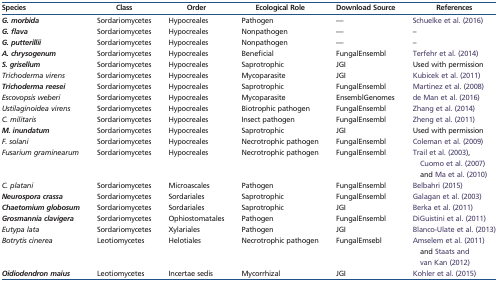
<table><thead><tr><td><b>Species</b></td><td><b>Class</b></td><td><b>Order</b></td><td><b>Ecological Role</b></td><td><b>Download Source</b></td><td><b>References</b></td></tr></thead><tbody><tr><td><b><i>G. morbida</i></b></td><td>Sordariomycetes</td><td>Hypocreales</td><td>Pathogen</td><td>—</td><td>Schuelke et al. (2016)</td></tr><tr><td><b><i>G. flava</i></b></td><td>Sordariomycetes</td><td>Hypocreales</td><td>Nonpathogen</td><td>—</td><td>–</td></tr><tr><td><b><i>G. putterillii</i></b></td><td>Sordariomycetes</td><td>Hypocreales</td><td>Nonpathogen</td><td>—</td><td>–</td></tr><tr><td><b><i>A. chrysogenum</i></b></td><td>Sordariomycetes</td><td>Hypocreales</td><td>Beneficial</td><td>FungalEnsembl</td><td>Terfehr et al. (2014)</td></tr><tr><td><b><i>S. grisellum</i></b></td><td>Sordariomycetes</td><td>Hypocreales</td><td>Saprotrophic</td><td>JGI</td><td>Used with permission</td></tr><tr><td><i>Trichoderma virens</i></td><td>Sordariomycetes</td><td>Hypocreales</td><td>Mycoparasite</td><td>JGI</td><td>Kubicek et al. (2011)</td></tr><tr><td><b><i>Trichoderma reesei</i></b></td><td>Sordariomycetes</td><td>Hypocreales</td><td>Saprotrophic</td><td>FungalEnsembl</td><td>Martinez et al. (2008)</td></tr><tr><td><i>Escovopsis weberi</i></td><td>Sordariomycetes</td><td>Hypocreales</td><td>Mycoparasite</td><td>EnsemblGenomes</td><td>de Man et al. (2016)</td></tr><tr><td><i>Ustilaginoidea virens</i></td><td>Sordariomycetes</td><td>Hypocreales</td><td>Biotrophic pathogen</td><td>FungalEnsembl</td><td>Zhang et al. (2014)</td></tr><tr><td><i>C. militaris</i></td><td>Sordariomycetes</td><td>Hypocreales</td><td>Insect pathogen</td><td>FungalEnsembl</td><td>Zheng et al. (2011)</td></tr><tr><td><b><i>M. inundatum</i></b></td><td>Sordariomycetes</td><td>Hypocreales</td><td>Saprotrophic</td><td>JGI</td><td>Used with permission</td></tr><tr><td><i>F. solani</i></td><td>Sordariomycetes</td><td>Hypocreales</td><td>Necrotrophic pathogen</td><td>FungalEnsembl</td><td>Coleman et al. (2009)</td></tr><tr><td><i>Fusarium graminearum</i></td><td>Sordariomycetes</td><td>Hypocreales</td><td>Necrotrophic pathogen</td><td>FungalEnsembl</td><td>Trail et al. (2003), Cuomo et al. (2007) and Ma et al. (2010)</td></tr><tr><td><i>C. platani</i></td><td>Sordariomycetes</td><td>Microascales</td><td>Pathogen</td><td>FungalEnsembl</td><td>Belbahri (2015)</td></tr><tr><td><b><i>Neurospora crassa</i></b></td><td>Sordariomycetes</td><td>Sordariales</td><td>Saprotrophic</td><td>FungalEnsembl</td><td>Galagan et al. (2003)</td></tr><tr><td><b><i>Chaetomium globosum</i></b></td><td>Sordariomycetes</td><td>Sordariales</td><td>Saprotrophic</td><td>JGI</td><td>Berka et al. (2011)</td></tr><tr><td><b><i>Grosmannia clavigera</i></b></td><td>Sordariomycetes</td><td>Ophiostomatales</td><td>Pathogen</td><td>FungalEnsembl</td><td>DiGuistini et al. (2011)</td></tr><tr><td><i>Eutypa lata</i></td><td>Sordariomycetes</td><td>Xylariales</td><td>Pathogen</td><td>JGI</td><td>Blanco-Ulate et al. (2013)</td></tr><tr><td><i>Botrytis cinerea</i></td><td>Leotiomycetes</td><td>Helotiales</td><td>Necrotrophic pathogen</td><td>FungalEmsebl</td><td>Amselem et al. (2011) and Staats and van Kan (2012)</td></tr><tr><td><b><i>Oidiodendron maius</i></b></td><td>Leotiomycetes</td><td>Incertae sedis</td><td>Mycorrhizal</td><td>JGI</td><td>Kohler et al. (2015)</td></tr></tbody></table>